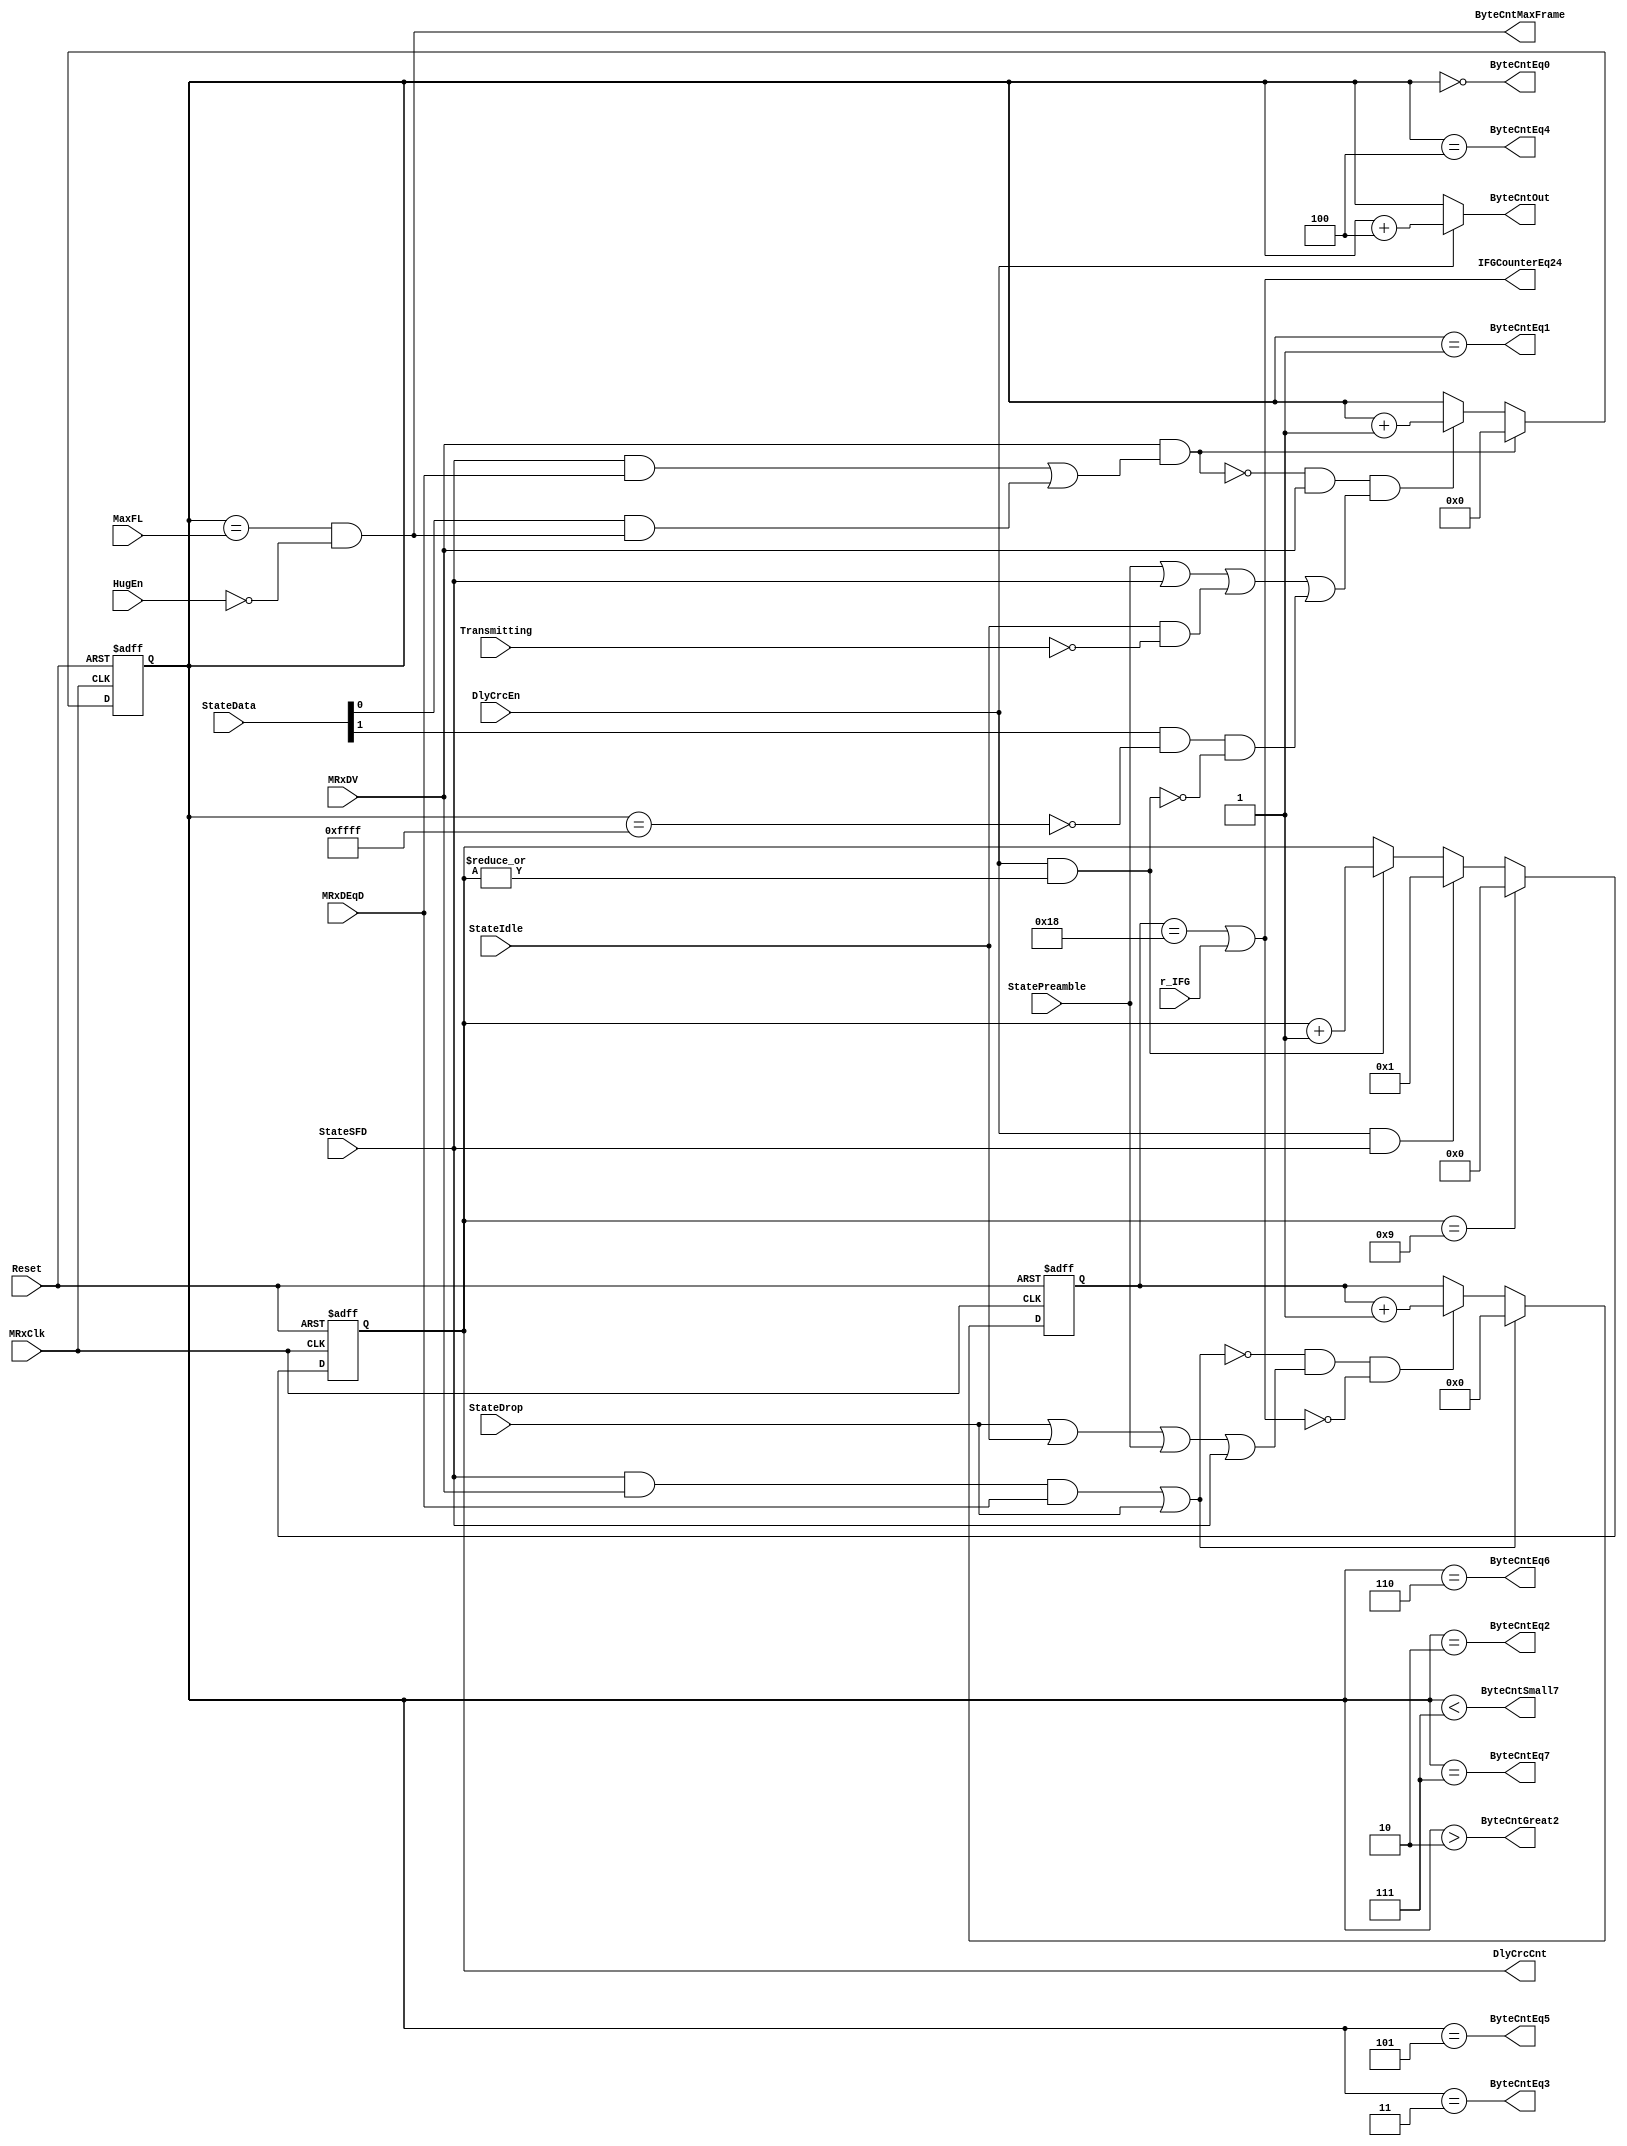
module eth_rxcounters 
  (
   MRxClk, Reset, MRxDV, StateIdle, StateSFD, StateData, StateDrop, StatePreamble, 
   MRxDEqD, DlyCrcEn, DlyCrcCnt, Transmitting, MaxFL, r_IFG, HugEn, IFGCounterEq24, 
   ByteCntEq0, ByteCntEq1, ByteCntEq2,ByteCntEq3,ByteCntEq4,ByteCntEq5, ByteCntEq6,
   ByteCntEq7, ByteCntGreat2, ByteCntSmall7, ByteCntMaxFrame, ByteCntOut
   );

input         MRxClk;
input         Reset;
input         MRxDV;
input         StateSFD;
input [1:0]   StateData;
input         MRxDEqD;
input         StateIdle;
input         StateDrop;
input         DlyCrcEn;
input         StatePreamble;
input         Transmitting;
input         HugEn;
input [15:0]  MaxFL;
input         r_IFG;

output        IFGCounterEq24;           // IFG counter reaches 9600 ns (960 ns)
output [3:0]  DlyCrcCnt;                // Delayed CRC counter
output        ByteCntEq0;               // Byte counter = 0
output        ByteCntEq1;               // Byte counter = 1
output        ByteCntEq2;               // Byte counter = 2  
output        ByteCntEq3;               // Byte counter = 3  
output        ByteCntEq4;               // Byte counter = 4  
output        ByteCntEq5;               // Byte counter = 5  
output        ByteCntEq6;               // Byte counter = 6
output        ByteCntEq7;               // Byte counter = 7
output        ByteCntGreat2;            // Byte counter > 2
output        ByteCntSmall7;            // Byte counter < 7
output        ByteCntMaxFrame;          // Byte counter = MaxFL
output [15:0] ByteCntOut;               // Byte counter

wire          ResetByteCounter;
wire          IncrementByteCounter;
wire          ResetIFGCounter;
wire          IncrementIFGCounter;
wire          ByteCntMax;

reg   [15:0]  ByteCnt;
reg   [3:0]   DlyCrcCnt;
reg   [4:0]   IFGCounter;

wire  [15:0]  ByteCntDelayed;



assign ResetByteCounter = MRxDV & (StateSFD & MRxDEqD | StateData[0] & ByteCntMaxFrame);

assign IncrementByteCounter = ~ResetByteCounter & MRxDV & 
                              (StatePreamble | StateSFD | StateIdle & ~Transmitting |
                               StateData[1] & ~ByteCntMax & ~(DlyCrcEn & |DlyCrcCnt)
                              );


always @ (posedge MRxClk or posedge Reset)
begin
  if(Reset)
    ByteCnt[15:0] <=  16'd0;
  else
    begin
      if(ResetByteCounter)
        ByteCnt[15:0] <=  16'd0;
      else
      if(IncrementByteCounter)
        ByteCnt[15:0] <=  ByteCnt[15:0] + 16'd1;
     end
end

assign ByteCntDelayed = ByteCnt + 16'd4;
assign ByteCntOut = DlyCrcEn ? ByteCntDelayed : ByteCnt;

assign ByteCntEq0       = ByteCnt == 16'd0;
assign ByteCntEq1       = ByteCnt == 16'd1;
assign ByteCntEq2       = ByteCnt == 16'd2; 
assign ByteCntEq3       = ByteCnt == 16'd3; 
assign ByteCntEq4       = ByteCnt == 16'd4; 
assign ByteCntEq5       = ByteCnt == 16'd5; 
assign ByteCntEq6       = ByteCnt == 16'd6;
assign ByteCntEq7       = ByteCnt == 16'd7;
assign ByteCntGreat2    = ByteCnt >  16'd2;
assign ByteCntSmall7    = ByteCnt <  16'd7;
assign ByteCntMax       = ByteCnt == 16'hffff;
assign ByteCntMaxFrame  = ByteCnt == MaxFL[15:0] & ~HugEn;


assign ResetIFGCounter = StateSFD  &  MRxDV & MRxDEqD | StateDrop;

assign IncrementIFGCounter = ~ResetIFGCounter & (StateDrop | StateIdle | StatePreamble | StateSFD) & ~IFGCounterEq24;

always @ (posedge MRxClk or posedge Reset)
begin
  if(Reset)
    IFGCounter[4:0] <=  5'h0;
  else
    begin
      if(ResetIFGCounter)
        IFGCounter[4:0] <=  5'h0;
      else
      if(IncrementIFGCounter)
        IFGCounter[4:0] <=  IFGCounter[4:0] + 5'd1; 
    end
end



assign IFGCounterEq24 = (IFGCounter[4:0] == 5'h18) | r_IFG; // 24*400 = 9600 ns or r_IFG is set to 1


always @ (posedge MRxClk or posedge Reset)
begin
  if(Reset)
    DlyCrcCnt[3:0] <=  4'h0;
  else
    begin
      if(DlyCrcCnt[3:0] == 4'h9)
        DlyCrcCnt[3:0] <=  4'h0;
      else
      if(DlyCrcEn & StateSFD)
        DlyCrcCnt[3:0] <=  4'h1;
      else
      if(DlyCrcEn & (|DlyCrcCnt[3:0]))
        DlyCrcCnt[3:0] <=  DlyCrcCnt[3:0] + 4'd1;
    end
end


endmodule